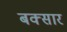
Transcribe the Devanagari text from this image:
बक्सार